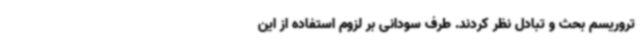
تروریسم بحث و تبادل نظر کردند. طرف سودانی بر لزوم استفاده از این